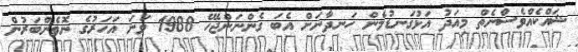
ޝައްކެއްވެސްނެތް މިއަދު އަޅުގަނޑުމެން ހަނދާނަށް އެބަ ގެންނަންޖެހޭ 1988 ވަނަ އަހަރުގެ ނޮވެންބަރުން